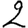
Digit: 2